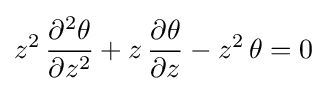
z^{2}\,{\frac {\partial ^{2}\theta }{\partial z^{2}}}+z\,{\frac {\partial \theta }{\partial z}}-z^{2}\,\theta =0